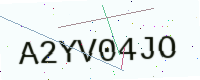
Text: A2YV04JO